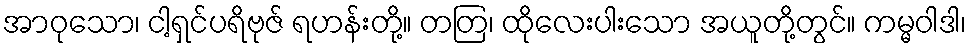
အာဝုသော၊ ငါ့ရှင်ပရိဗုဇ် ရဟန်းတို့။ တတြ၊ ထိုလေးပါးသော အယူတို့တွင်။ ကမ္မဝါဒါ၊